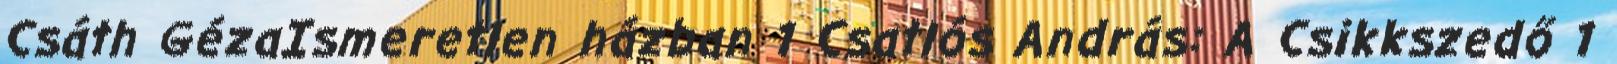
Csáth GézaIsmeretlen házban 1 Csatlós András: A Csikkszedő 1